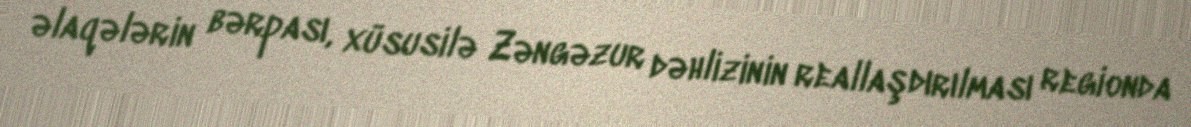
əlaqələrin bərpası, xüsusilə Zəngəzur dəhlizinin reallaşdırılması regionda